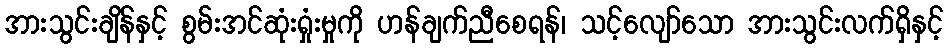
အားသွင်းချိန်နှင့် စွမ်းအင်ဆုံးရှုံးမှုကို ဟန်ချက်ညီစေရန်၊ သင့်လျော်သော အားသွင်းလက်ရှိနှင့်